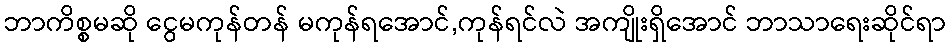
ဘာကိစ္စမဆို ငွေမကုန်တန် မကုန်ရအောင်,ကုန်ရင်လဲ အကျိုးရှိအောင် ဘာသာရေးဆိုင်ရာ